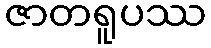
ဇာတရူပဿ